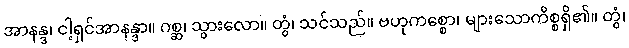
အာနန္ဒ၊ ငါ့ရှင်အာနန္ဒာ။ ဂစ္ဆ၊ သွားလော။ တွံ၊ သင်သည်။ ဗဟုကစ္စော၊ များသောကိစ္စရှိ၏။ တွံ၊